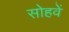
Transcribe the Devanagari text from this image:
सोहवें